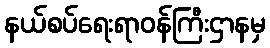
နယ်စပ်ရေးရာဝန်ကြီးဌာနမှ